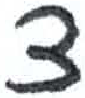
אות: צ